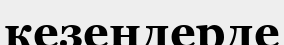
кезеңдерде